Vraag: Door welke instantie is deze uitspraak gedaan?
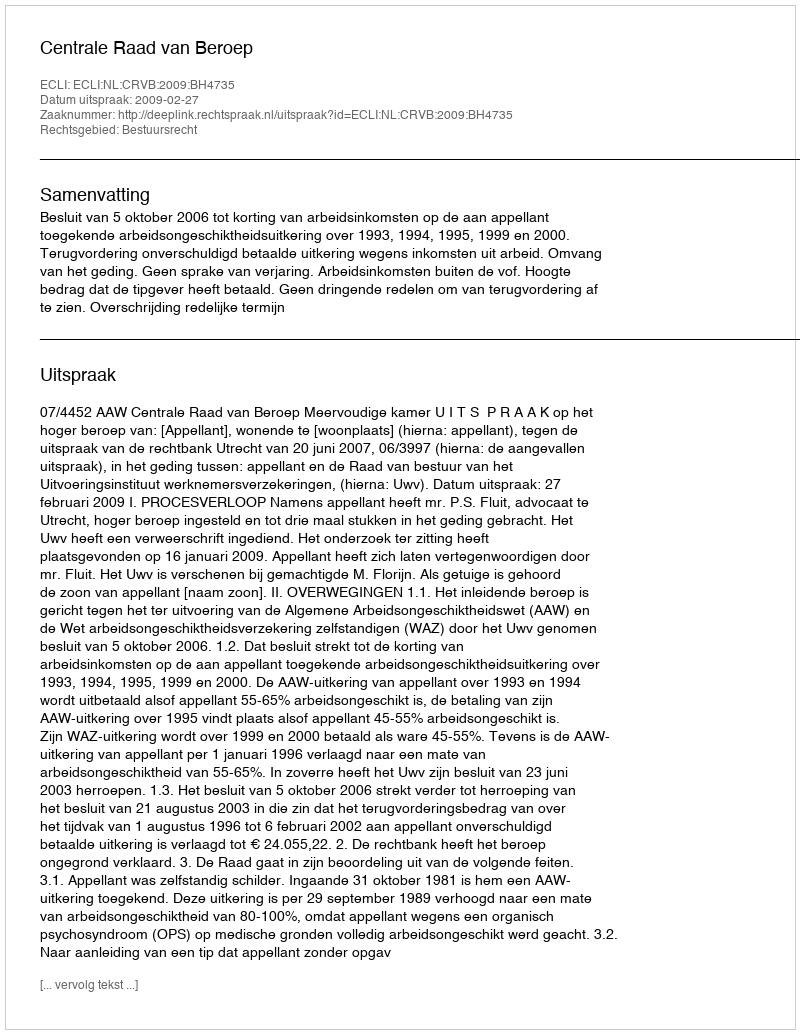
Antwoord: Centrale Raad van Beroep